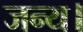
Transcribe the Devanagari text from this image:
जन्य।